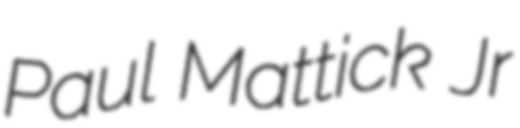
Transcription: Paul Mattick Jr